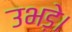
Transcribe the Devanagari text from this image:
उभड़े।